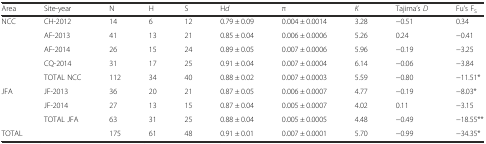
<table><thead><tr><td><b>Area</b></td><td><b>Site-year</b></td><td><b>N</b></td><td><b>H</b></td><td><b>S</b></td><td><b>H<i>d</i></b></td><td><b>π</b></td><td><b><i>K</i></b></td><td><b>Tajima’s <i>D</i></b></td><td><b>Fu’s F<sub>S</sub></b></td></tr></thead><tbody><tr><td>NCC</td><td>CH-2012</td><td>14</td><td>6</td><td>12</td><td>0.79 ± 0.09</td><td>0.004 ± 0.0014</td><td>3.28</td><td>−0.51</td><td>0.34</td></tr><tr><td></td><td>AF-2013</td><td>41</td><td>13</td><td>21</td><td>0.85 ± 0.04</td><td>0.006 ± 0.0006</td><td>5.26</td><td>0.24</td><td>−0.41</td></tr><tr><td></td><td>AF-2014</td><td>26</td><td>15</td><td>24</td><td>0.89 ± 0.05</td><td>0.007 ± 0.0006</td><td>5.96</td><td>−0.19</td><td>−3.25</td></tr><tr><td></td><td>CQ-2014</td><td>31</td><td>17</td><td>25</td><td>0.91 ± 0.04</td><td>0.007 ± 0.0004</td><td>6.14</td><td>−0.06</td><td>−3.84</td></tr><tr><td></td><td>TOTAL NCC</td><td>112</td><td>34</td><td>40</td><td>0.88 ± 0.02</td><td>0.007 ± 0.0003</td><td>5.59</td><td>−0.80</td><td>−11.51*</td></tr><tr><td>JFA</td><td>JF-2013</td><td>36</td><td>20</td><td>21</td><td>0.87 ± 0.05</td><td>0.006 ± 0.0007</td><td>4.77</td><td>−0.19</td><td>−8.03*</td></tr><tr><td></td><td>JF-2014</td><td>27</td><td>13</td><td>15</td><td>0.87 ± 0.04</td><td>0.005 ± 0.0007</td><td>4.02</td><td>0.11</td><td>−3.15</td></tr><tr><td></td><td>TOTAL JFA</td><td>63</td><td>31</td><td>25</td><td>0.88 ± 0.04</td><td>0.005 ± 0.0005</td><td>4.48</td><td>−0.49</td><td>−18.55**</td></tr><tr><td colspan="2">TOTAL</td><td>175</td><td>61</td><td>48</td><td>0.91 ± 0.01</td><td>0.007 ± 0.0001</td><td>5.70</td><td>−0.99</td><td>−34.35*</td></tr></tbody></table>